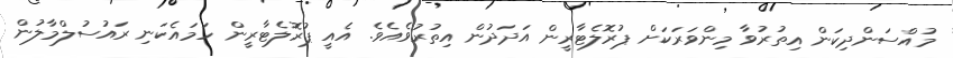
މުއްސަންދިކަން އިތުރުވާ މިންވަރަކަށް ޕުރޮލެޓާރީން އަދަދުން އިތުރުވެއެވެ. އެއީ ޕުރޮލެޓާރީން ހަމައެކަނި ރައުސުލްމާލުން